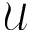
{ \mathcal U }